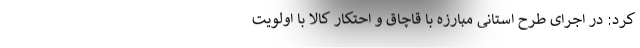
کرد:‌ در اجرای طرح استانی مبارزه با قاچاق و احتکار کالا با اولویت